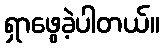
ရှာဖွေခဲ့ပါတယ်။